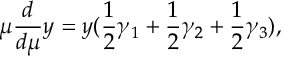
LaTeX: \mu \frac { d } { d \mu } y = y ( \frac 1 2 \gamma _ { 1 } + \frac 1 2 \gamma _ { 2 } + \frac 1 2 \gamma _ { 3 } ) ,